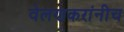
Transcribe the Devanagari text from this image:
वेलणकरांनीच